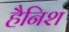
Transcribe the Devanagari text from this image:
हैनिश